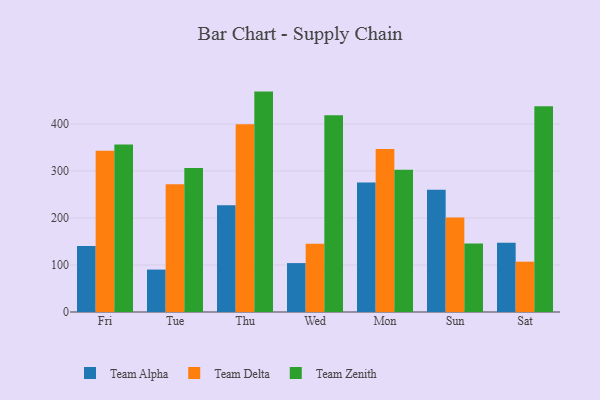
{"axis": {"x": "Day", "y": "Population (Million)"}, "legend": ["Team Alpha", "Team Delta", "Team Zenith"], "data": [{"x": "Fri", "y": 140.3, "type": "Team Alpha"}, {"x": "Fri", "y": 343.0, "type": "Team Delta"}, {"x": "Fri", "y": 356.3, "type": "Team Zenith"}, {"x": "Tue", "y": 90.2, "type": "Team Alpha"}, {"x": "Tue", "y": 271.7, "type": "Team Delta"}, {"x": "Tue", "y": 306.3, "type": "Team Zenith"}, {"x": "Thu", "y": 226.9, "type": "Team Alpha"}, {"x": "Thu", "y": 399.1, "type": "Team Delta"}, {"x": "Thu", "y": 468.7, "type": "Team Zenith"}, {"x": "Wed", "y": 104.0, "type": "Team Alpha"}, {"x": "Wed", "y": 144.9, "type": "Team Delta"}, {"x": "Wed", "y": 418.6, "type": "Team Zenith"}, {"x": "Mon", "y": 275.3, "type": "Team Alpha"}, {"x": "Mon", "y": 346.8, "type": "Team Delta"}, {"x": "Mon", "y": 302.4, "type": "Team Zenith"}, {"x": "Sun", "y": 260.2, "type": "Team Alpha"}, {"x": "Sun", "y": 201.1, "type": "Team Delta"}, {"x": "Sun", "y": 145.6, "type": "Team Zenith"}, {"x": "Sat", "y": 147.3, "type": "Team Alpha"}, {"x": "Sat", "y": 107.0, "type": "Team Delta"}, {"x": "Sat", "y": 437.6, "type": "Team Zenith"}]}